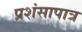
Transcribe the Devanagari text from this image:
प्रशंसापात्र